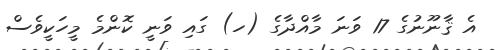
އެ ޤާނޫނުގެ 17 ވަނަ މާއްދާގެ (ހ) ގައި ވަނީ ކޮންމެ މީހަކީވެސް